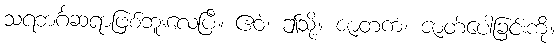
သရဘင်္ဂဆရာဖြစ်ဘူးလေပြီ။ ဧဝံ၊ ဤသို့။ ဇာတကံ၊ ဇာတ်ပေါခြင်းကို။